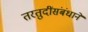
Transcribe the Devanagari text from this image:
तरतुदींसंबंधाने